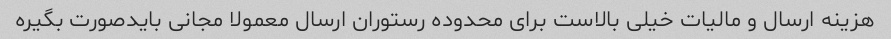
هزینه ارسال و مالیات خیلی بالاست برای محدوده رستوران ارسال معمولا مجانی بایدصورت بگیره